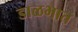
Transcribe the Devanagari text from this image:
डाळभात